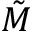
\tilde { M }